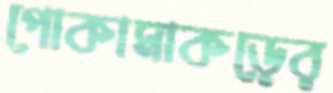
পোকামাকড়ের